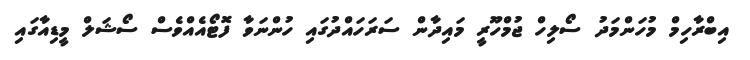
އިބްރާހިމް މުހަންމަދު ސޯލިހް ޖުމްހޫރީ މައިދާން ސަރަހައްދުގައި ހުންނަވާ ފޮޓޯއެއްވެސް ސޯޝަލް މީޑިއާގައި